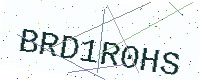
Text: BRD1R0HS